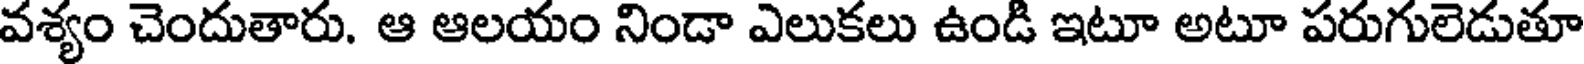
వశ్యం చెందుతారు. ఆ ఆలయం నిండా ఎలుకలు ఉండి ఇటూ అటూ పరుగులెడుతూ